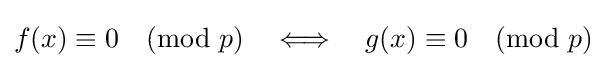
f(x)\equiv 0{\pmod {p}}\quad \Longleftrightarrow \quad g(x)\equiv 0{\pmod {p}}